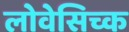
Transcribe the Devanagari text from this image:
लोवेसिच्क